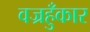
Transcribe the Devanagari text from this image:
वज्रहुँकार